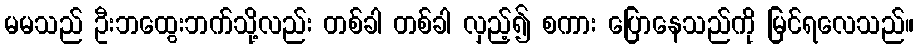
မမသည် ဦးဘထွေးဘက်သို့လည်း တစ်ခါ တစ်ခါ လှည့်၍ စကား ပြောနေသည်ကို မြင်ရလေသည်။